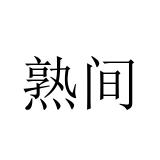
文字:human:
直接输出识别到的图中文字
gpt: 熟间